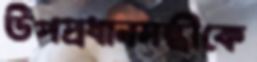
উপপ্রধানমন্ত্রীকে